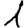
Digit: 1